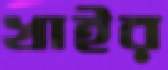
খাইর